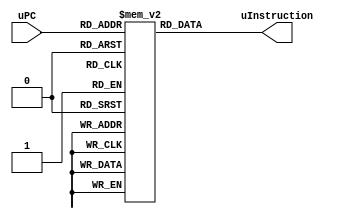
`timescale 1ns / 1ps
//////////////////////////////////////////////////////////////////////////////////
// Company: 
// Engineer: 
// 
// Design Name: 
// Module Name: CtrlStore
// Project Name: 
// Target Devices: 
// Tool Versions: 
// Description: 
// 
// Dependencies: 
// 
// Revision:
// Revision 0.01 - File Created
// Additional Comments:
// 
//////////////////////////////////////////////////////////////////////////////////


module CtrlStore(
    input [5:0] uPC,
    output [48:0] uInstruction
    );

    reg [48:0] uInstructionStore[63:0];

    initial begin
        uInstructionStore[0] = 49'b0010010010000000000000000000000000000000000000000;
        uInstructionStore[1] = 49'b0000010010000011000000010000000000100000000000000;
        uInstructionStore[2] = 49'b0000011001100000000000001000000000001000100000000;
        uInstructionStore[3] = 49'b0000010111100000000000001000000000001000100000000;
        uInstructionStore[4] = 49'b0000010100000000000000000000000000000000000000000; 
        uInstructionStore[5] = 49'b0000010010000011000000010000000000100000000001000;
        uInstructionStore[6] = 49'b0000011001100000000000001000000000110100100000000;
        uInstructionStore[7] = 49'b0000010111100000000000001000000000110100100000000;
        uInstructionStore[9] = 49'b0000010010000011000000010000000000100000000010000;
        uInstructionStore[10] = 49'b0000011000100000000000001000000000001000100000000;
        uInstructionStore[11] = 49'b0000011101100000000000001000000000001000100000000;
        uInstructionStore[12] = 49'b0000010010000000100000000000010000110000000000000;
        uInstructionStore[14] = 49'b0000010010000011000000001000000000001000000000000;
        uInstructionStore[15] = 49'b0000011100100000000000001000000000000000000000000;
        uInstructionStore[16] = 49'b0001010000000000000000000000000000000000000000110;
        uInstructionStore[18] = 49'b0101100001100000100001000000000000000000000000000;
        uInstructionStore[20] = 49'b0000010010000010100001000000010010110000000000000;
        uInstructionStore[21] = 49'b0000010010000010100001000000010010001100000000000;
        uInstructionStore[22] = 49'b0000010010000000100000000000010000001000000000000;
        uInstructionStore[23] = 49'b0000010000010000000000010000000000000000000011000;
        uInstructionStore[24] = 49'b0001011000010000000000000000000000000000000000100;
        uInstructionStore[25] = 49'b0001011001010000000000000000000000000000000000100;
        uInstructionStore[26] = 49'b0000011001100000000000100000000000000000000000000;
        uInstructionStore[27] = 49'b0000010010000011000000100000000000000000000000000;
        uInstructionStore[28] = 49'b0001011100010010000001000000000010000000000000010;
        uInstructionStore[29] = 49'b0001011101010000000000000000000000000000000000100;
        uInstructionStore[30] = 49'b0000010010000000100000100000011000000000000000000;
        uInstructionStore[31] = 49'b0000010111100000000000100000000000000000000000000;
        uInstructionStore[32] = 49'b1000xxxxxx000100000000000000000000000000000000000;
        uInstructionStore[33] = 49'b0001100001010000000000000000000000000000000000100;
        uInstructionStore[35] = 49'b0000100000001000000000100000000000000000000000000;
    end

    assign uInstruction = uInstructionStore[uPC];

endmodule